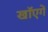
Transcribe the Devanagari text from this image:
खाॅएगें